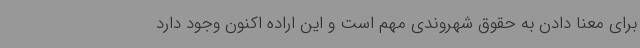
برای معنا دادن به حقوق شهروندی مهم است و این اراده اکنون وجود دارد